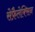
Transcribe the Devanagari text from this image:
सेफ़ैलेक्सिन